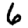
Digit: 6